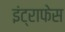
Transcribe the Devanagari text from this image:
इंट्राफेस